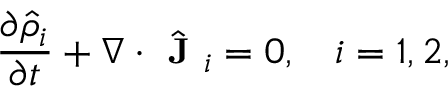
\small \frac { \partial \hat { \rho } _ { i } } { \partial t } + \nabla \cdot \hat { \textbf { J } } _ { i } = 0 , \quad i = 1 , 2 ,